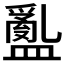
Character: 𥂽